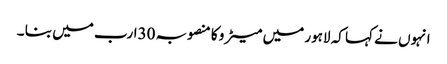
انہوں نے کہا کہ لاہور میں میٹر و کا منصوبہ 30ارب میں بنا ۔